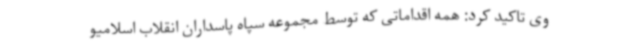
وی تاکید کرد: همه اقداماتی که توسط مجموعه سپاه پاسداران انقلاب اسلامیو